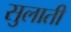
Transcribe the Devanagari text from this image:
सुलाती